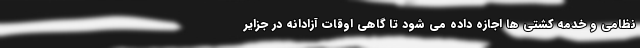
نظامی و خدمه کشتی ها اجازه داده می شود تا گاهی اوقات آزادانه در جزایر